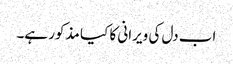
اب دل کی ویرانی کا کیا مذکور ہے۔